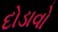
દોડાવો